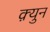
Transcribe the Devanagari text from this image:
क़्युन